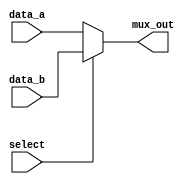
module MUX_2CHANNEL (mux_out, data_a, data_b, select);
  
  parameter word_size = 32;
  
  output [word_size-1:0] mux_out;
  
  input [word_size-1:0] data_a, data_b;
  input select;
  
  assign mux_out = (select == 0) ? data_a : (select == 1) ? data_b : 'bx;
  
endmodule